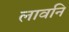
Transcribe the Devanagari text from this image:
लावनि